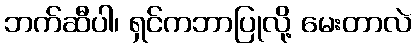
ဘက်ဆီပါ၊ ရှင်ကဘာပြုလို့ မေးတာလဲ